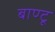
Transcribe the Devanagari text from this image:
बाण्टू